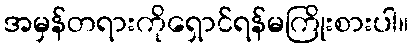
အမှန်တရားကိုရှောင်ရန်မကြိုးစားပါ။